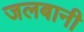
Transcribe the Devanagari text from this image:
जलबानी